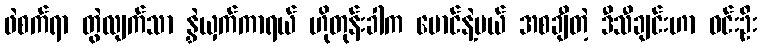
ဖဲစက်ရာ တွဲလျက်သာ နွှဲယှက်ကာရယ် ဟိုတုန်းခါက မောင်နဲ့မယ် အစချီတဲ့ ဒီသီချင်းဟာ ဝင်းဦး